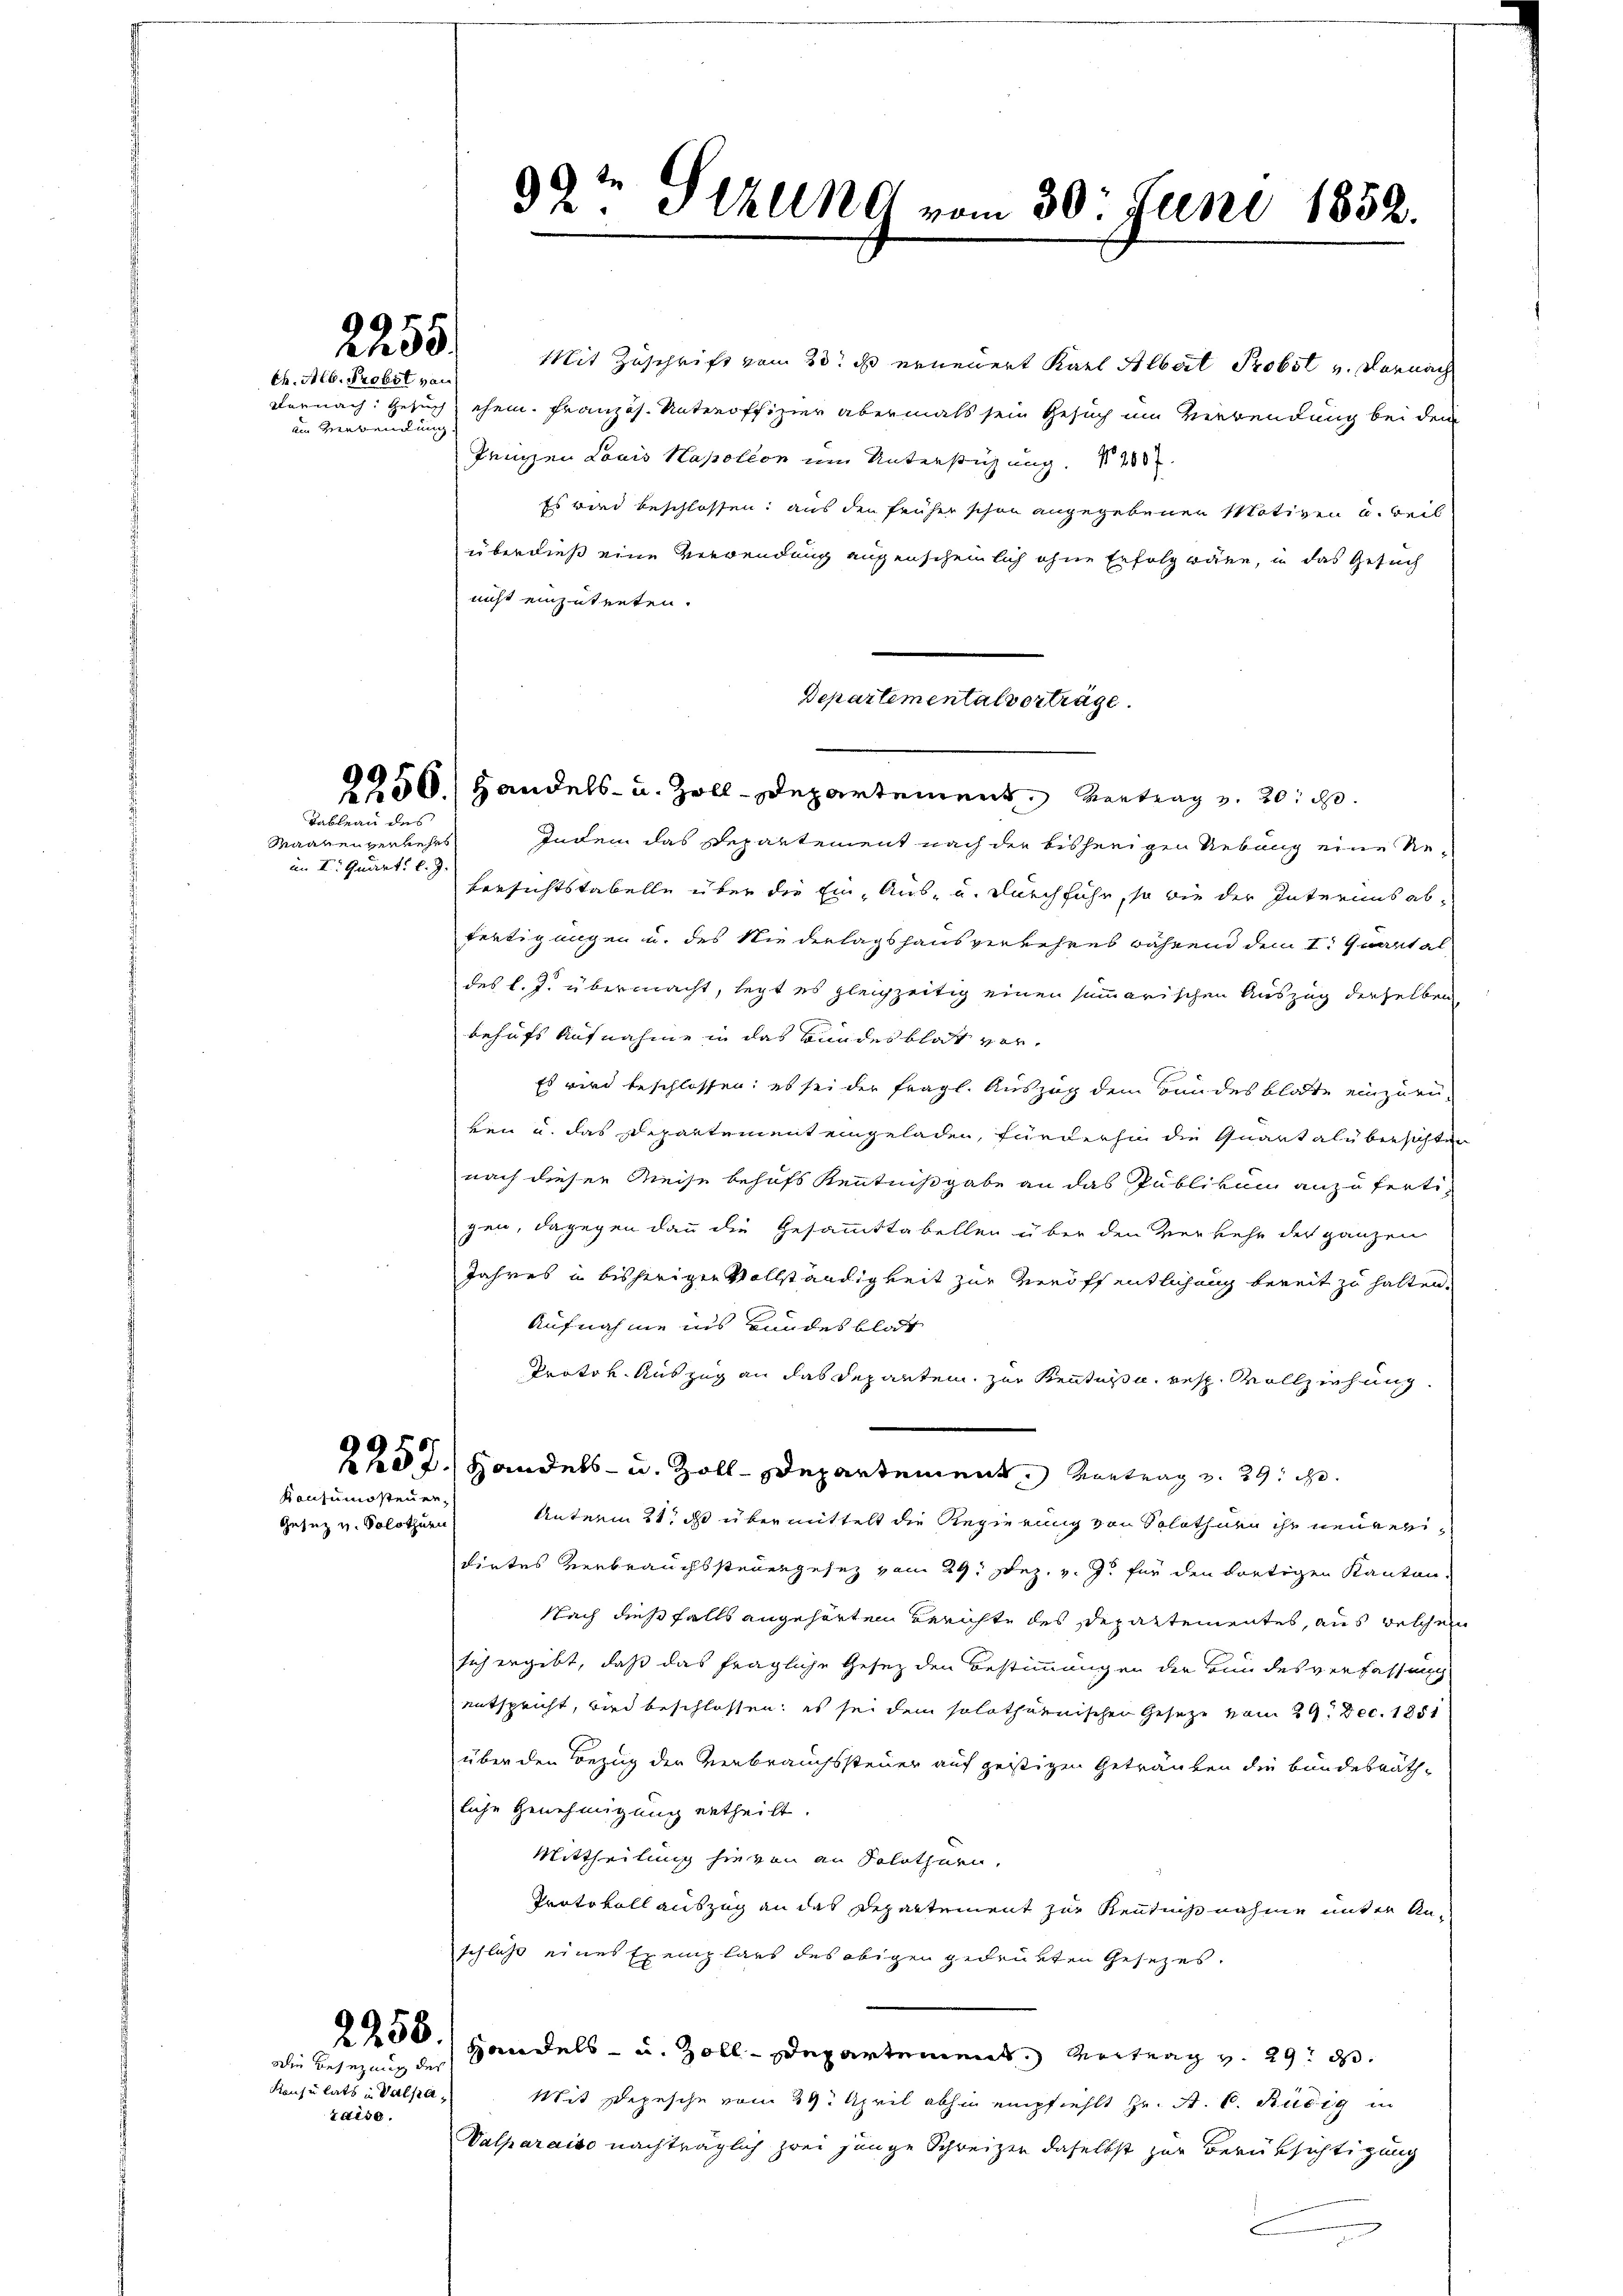
em Verwendung.

im I. Quart. l. J.

Konsumosten er¬
Gesez u. Solothurn

2255
th. Alb. Probst von

Tableau des
Maanenverkehrs

Die Besezung der
Kausulats in Valpazaise.

Mit Zuschrift vom 30t ds erneuert Karl Albert Probst v. Vornach
vernach: Gesuch ehem. Französ. Unteroffizier abermals sein Gesuch um Verwendung bei dem
frigen Louis Napoleon um Unterstüzung. 200
Es wird beschlossen: aus den früher schon angegebenen Motiven u. Beil
überdieß eine Verwendung augenscheinlich ohne Erfolg wäre, in das Gesuch
nicht einzutreten.
Indem das Departement nach der bisherigen Uebung eine Re¬
Versichtstabelle über die Ein Aus- u. durchführ, so wie der Interius ab-
fertigungen u. des Niederlagshausverkehres während dem I. Quartal
des l. J. übermacht, legt es gleichzeitig einen summarischen Auszug derselben
behufs Aufnahme in das Bundesblat vor¬
Es wird beschlossen: es sei der fragl. Auszug dem Bundesblatte einzuzu-
ken u. das Departement eingeladen, fürderhin die Quartalübersichten
nach dieser Meise behufs Kenntnißgabe an das publikum anzufertigen, dagegen dann die Gesammttabellen über den Verkehr der ganzen
Jahres u bisherigen Vollständigkeit zur veröffentlichung bereit zu halten.
Aufnahme ins Hundesblatt
Protok. Auszug an das Departen, zur Kentus u. resp. Vollziehung
257, Handels- u. Zoll-Departement, Vortrag v. 29. d.
Unterm 21. ds übermittelt die Regierung von Solothurn ihr neuerdirtes Verbrauchssteuergesez vom 29. Dez. v. J. für den dortigen Kanton.
Nach dießfalls angehörten Berichte des Departementes, aus welchem
sich ergibt, daß das fragliche Gesez den Bestimmungen der Bundesverfassung
entspricht, wird beschlossen; es sei dem solothurnischen Gesetze vom 29. Dec. 1851
über den Bezug der Verbrauchssteuer auf geistigen Geträuben die Bundesräthliche Genehmigung ertheilt.
Mittheilung hievon an Solothurn,
Protokoll auszug an das Departement zur Kenntnißnahme unter Anschluß eines Exemplars des obigen gedrückten Gesetzes.
2256.) Handels- u. Zoll-Departement Vertrag v. 29. d.
Mit Depesche vom 29. April abhin empfiehlt Hr. A. C. Rudig in
Valparaiso nachträglich zwei junge Schweizer daselbst zur Berüksichtigung

99te Sizung vom 30. Juni 1852.

250) Handels- u. Zoll-Departement Vertrag v. 20. d.

Departementalverträge.